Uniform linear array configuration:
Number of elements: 4
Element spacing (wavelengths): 0.5
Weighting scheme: blackman
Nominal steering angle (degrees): -45
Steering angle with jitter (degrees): -45.915
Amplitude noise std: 0.05
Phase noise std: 0.05

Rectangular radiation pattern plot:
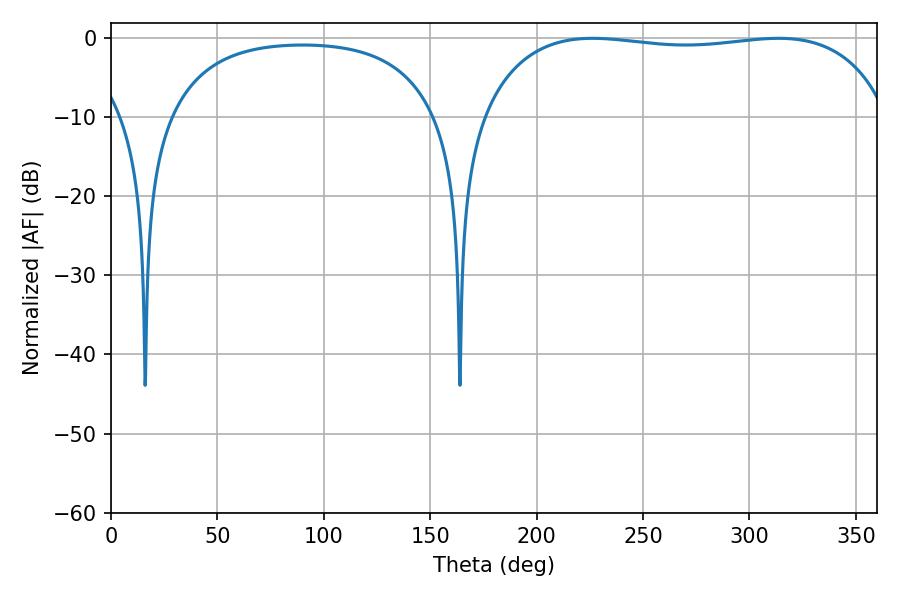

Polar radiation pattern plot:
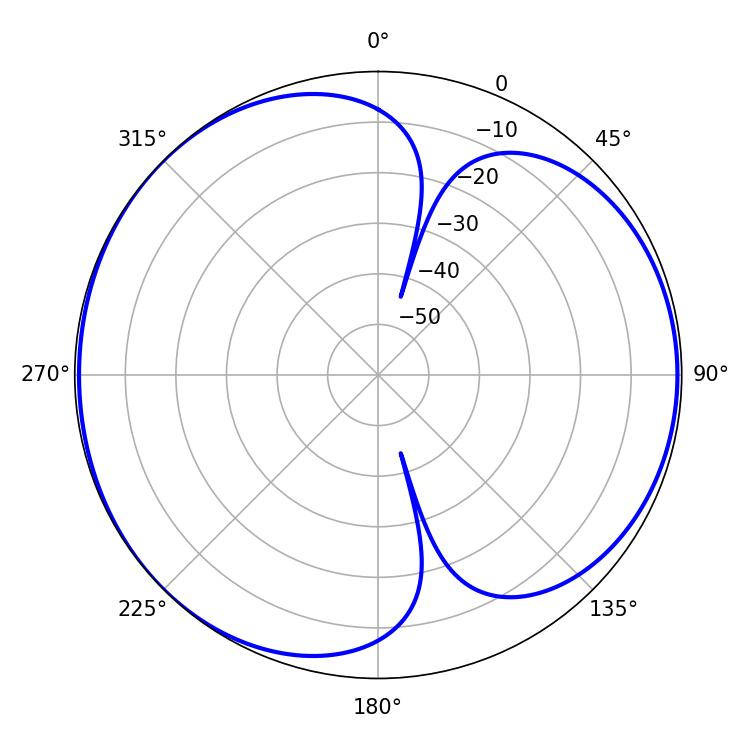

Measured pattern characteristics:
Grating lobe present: FALSE
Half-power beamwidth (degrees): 154.08
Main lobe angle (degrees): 226.26